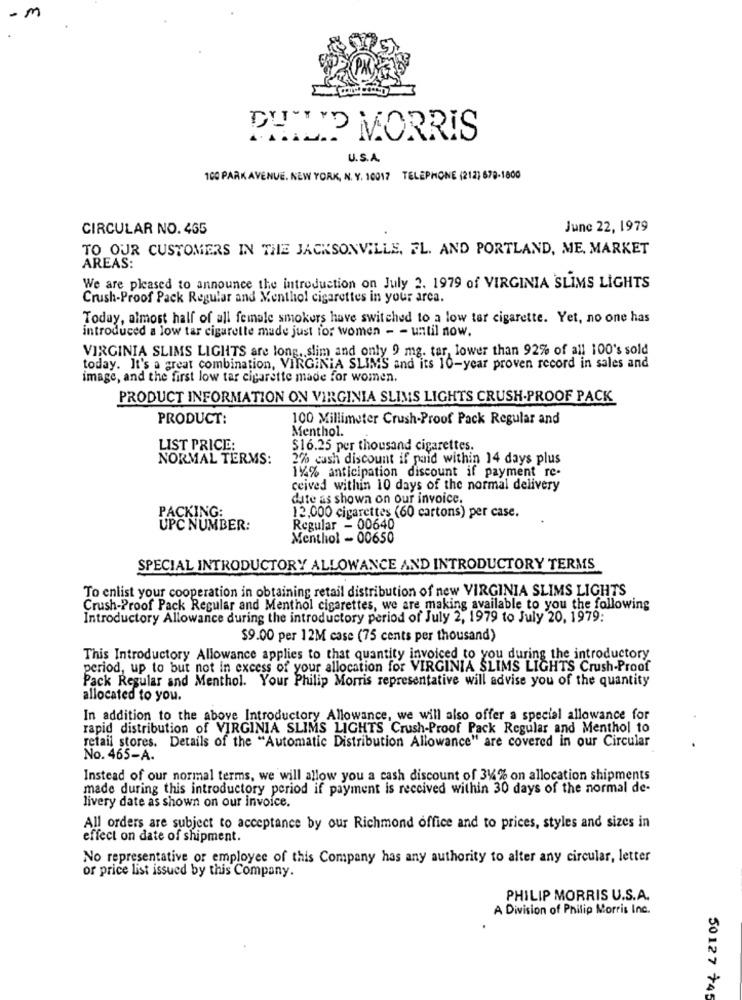
-m
DUNNE MORRIS
U.S.A.
100 PARK AVENUE. NEW YORK, N. Y. 10017 TELEPHONE (212) 678-1800
CIRCULAR NO. 465
June 22, 1979
TO OUR CUSTOMERS IN THE JACKSONVILLE, FL. AND PORTLAND, ME, MARKET
AREAS:
We are pleased to announce the introduction on July 2. 1979 of VIRGINIA SLIMS LIGHTS
Crush-Proof Pack Regular and Menthol cigarettes in your area.
Today, almost half of all female smokers have switched to a low ter cigarette. Yet, no one has
introduced a low tar cigarette made just for women - - until now.
VIRGINIA SLIMS LIGHTS are long, slim and only 9 mg. tar, lower than 92% of all 100's sold
today. It's a great combination, VIRGINIA SLIMS and its 10-year proven record in sales and
image, and the first low tar cigarette made for women.
PRODUCT INFORMATION ON VIRGINIA SLIMS LIGHTS CRUSH-PROOF PACK
PRODUCT:
100 Millimeter Crush-Proof Pack Regular and
Menthol.
LIST PRICE:
$16.25 per thousand cigarettes.
NORMAL TERMS:
2% cash discount if paid within 14 days plus
114% anticipation discount if payment re-
ceived within 10 days of the normal delivery
date as shown on our invoice.
PACKING:
12,000 cigarettes (60 cartons) per case.
UPC NUMBER:
Regular - 00640
Menthol - 00650
SPECIAL INTRODUCTORY ALLOWANCE AND INTRODUCTORY TERMS
To enlist your cooperation in obtaining retail distribution of new VIRGINIA SLIMS LIGHTS
Crush-Proof Pack Regular and Menthol cigarettes, we are making available to you the following
Introductory Allowance during the introductory period of July 2, 1979 to July 20, 1979:
$9.00 per 12M case (75 cents per thousand)
This Introductory Allowance applies to that quantity invoiced to you during the introductory
period, up to but not in excess of your allocation for VIRGINIA SLIMS LIGHTS Crush-Proof
Pack Regular and Menthol. Your Philip Morris representative will advise you of the quantity
allocated to you.
In addition to the above Introductory Allowance, we will also offer a special allowance for
rapid distribution of VIRGINIA SLIMS LIGHTS Crush-Proof Pack Regular and Menthol to
retail stores. Details of the "Automatic Distribution Allowance" are covered in our Circular
No. 465-A.
Instead of our normal terms, we will allow you a cash discount of 344% on allocation shipments
made during this introductory period if payment is received within 30 days of the normal de-
livery date as shown on our invoice.
All orders are subject to acceptance by our Richmond office and to prices, styles and sizes in
effect on date of shipment.
No representative or employee of this Company has any authority to alter any circular, letter
or price list issued by this Company.
PHILIP MORRIS U.S.A.
A Division of Philip Morris Inc.
50127 +45